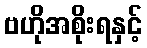
ဗဟိုအစိုးရနှင့်